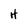
Character: H